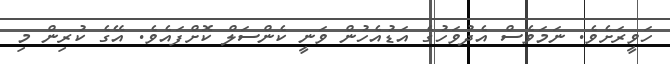
ހަވީރަށެވެ. ނަމަވެސް އެދުވަހުގެ އަޑުއެހުން ވަނީ ކެންސަލް ކޮށްފައެވެ. އޭގެ ކުރިން މި